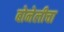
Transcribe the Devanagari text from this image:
बोनेलीचा